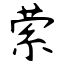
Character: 萦